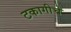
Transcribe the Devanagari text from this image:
टकागीचे